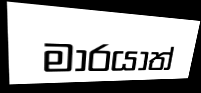
මාරයාත්